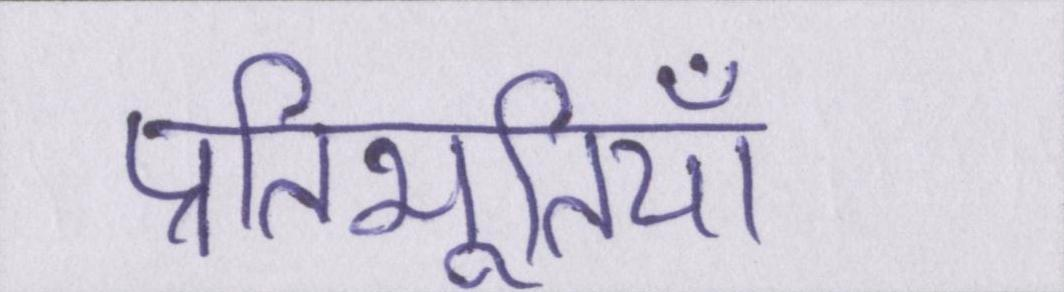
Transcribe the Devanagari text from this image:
प्रतिभूतियाँ